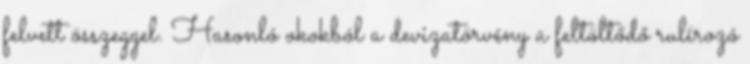
felvett összeggel. Hasonló okokból a devizatörvény a feltöltődő rulírozó